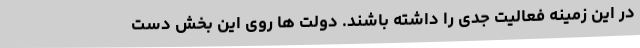
در این زمینه فعالیت جدی را داشته باشند. دولت‌ ها روی این بخش دست